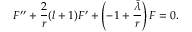
F ^ { \prime \prime } + \frac 2 r ( l + 1 ) F ^ { \prime } + \left( - 1 + \frac { \bar { \lambda } } { r } \right) F = 0 .